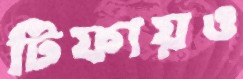
টিফায়ও